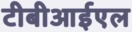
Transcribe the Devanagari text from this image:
टीबीआईएल